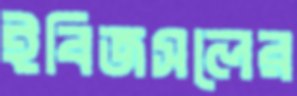
ইবিজসলের